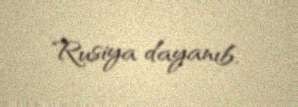
Rusiya dayanıb.